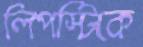
লিপস্টিকে